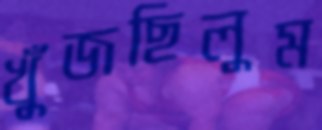
খুঁজছিলুম